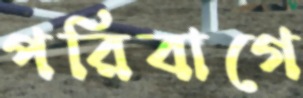
পরিবাগে